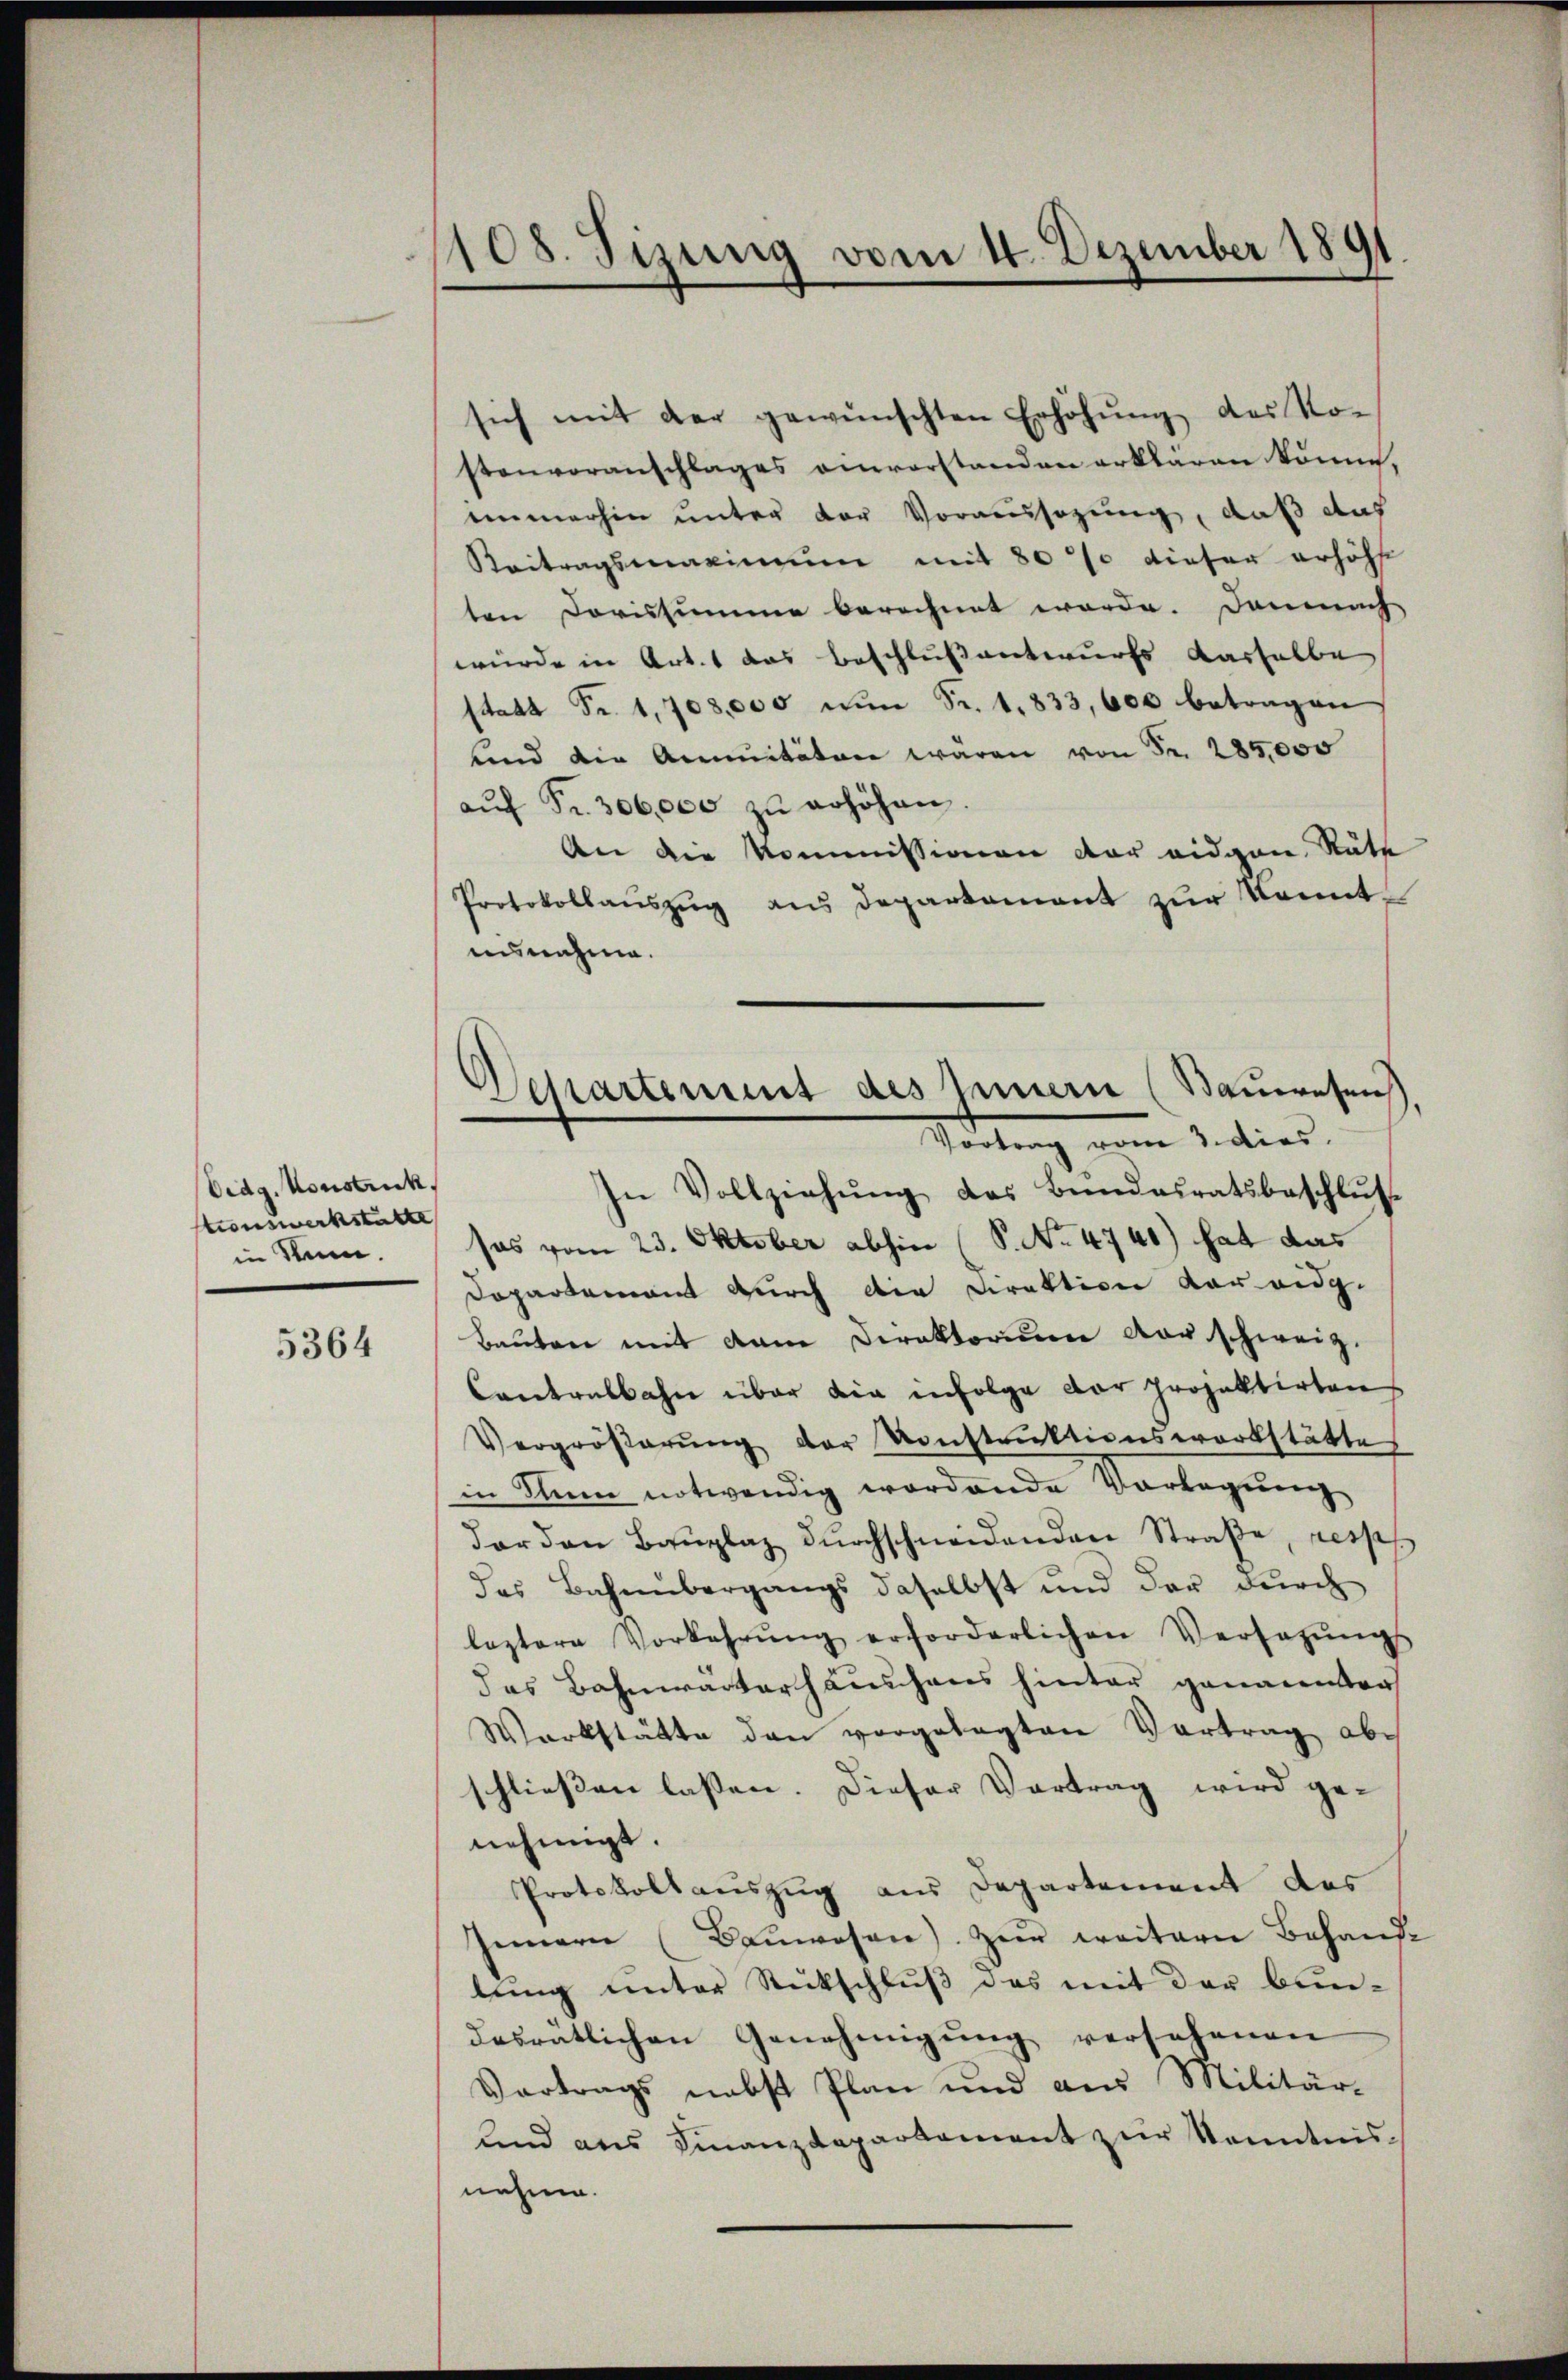
Eidg. Konstruck.
tionswerkstatte
in Sinn.

5364

1108. Sizung vom 14. Dezember 1891.

sich mit der gewünschten Erhöhŭng des No-
stenvoranschlages anvorstanden erkbaren könne,
emmerhin unter der Voraussagung, daß das
Keitragsmaximum mit 80% dieser erhöhte
ten Dorissumme berechnet worde. Demnach
würde in Art. 1 das Beschlußantwurfs derselbe
statt Fr. 1,700,000 nŭn Fr. 1833, 600 betragen
und die Annitäten wären von Fr. 285,000
aŭf Fr. 306,000 zŭ erhöhen
An die Kommissionen der eidgen. Räte
Protokollaŭszŭg ans Departament zŭr Kenntausnahme.
In Vollziehŭng des Bundesratsbeschlŭs
sos vom 23. Oktober abhin (S. No. 4740) hat das
Dopartement durch die Direktion vor eidg.
Bauten mit dem Direktorium der schweiz.
Contralbahn über die infolge der projektirten
Vergrößerung der Konstruktionswerkstättes
in Sinn notwendig wordende Vorlegung
dar den Baŭplaz dŭrchschneidenden Straße, resp
das Bahnübergangs daselbst und der durch
leztere Vorkehrŭng erforderlichen Versatzŭngs-
das Bahnwarterhaushaus hinter genannten
Warkstätte den vorgelegten Vertrag abschließen lassen. Dieser Vortrag wird ge-
nehmigt.
Protokollauszug aus Departement des
Innern (Baŭwesen) zur weitern Behaus-
lung unter Rutschluß des mit der bun-
desratlichen Genehmigung versehenen
Vortrags nebst Plan und aus Militär-
lind aus Finanzdepartement zur Kenntnisnehme.

Separtement des Innern (Bauwesens
Teilung vom 2. dies